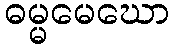
ဓမ္မမေဃော